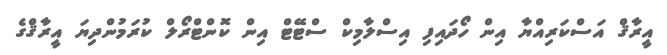
އީރާޤް އަސްކަރިއްޔާ އިން ހޯދައިފި އިސްލާމިކް ސްޓޭޓް އިން ކޮންޓްރޯލް ކުރަމުންދިޔަ އީރާޤްގެ